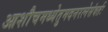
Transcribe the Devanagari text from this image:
आशौचमध्येतुमदनरत्नेसंवर्तः